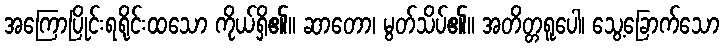
အကြောပြိုင်းရရိုင်းထသော ကိုယ်ရှိ၏။ ဆာတော၊ မွတ်သိပ်၏။ အတိတ္တရူပေါ၊ သွေ့ခြောက်သော